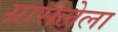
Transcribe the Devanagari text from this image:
ग्रासलेला